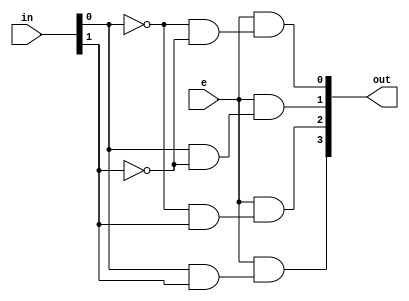
/* 
2x4 decoder using data flow modelling
*/
module decoder_2x4(input[1:0] in, input e, output[3:0] out);
    assign out[0] = e&((~in[0])&(~in[1]));
    assign out[1] = e&((in[0])&(~in[1]));
    assign out[2] = e&((~in[0])&(in[1]));
    assign out[3] = e&((in[0])&(in[1]));
endmodule